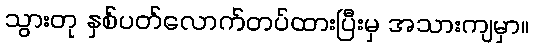
သွားတု နှစ်ပတ်လောက်တပ်ထားပြီးမှ အသားကျမှာ။